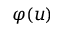
\varphi ( u )